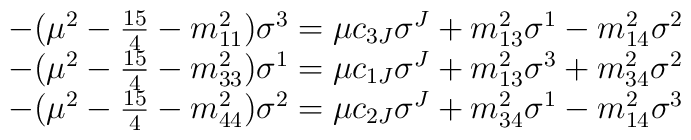
\begin{array}{l}-(\mu^{2} - \frac{15}{4} - m^{2}_{11}) \sigma^{3} = \mu c_{3J}\sigma^{J} + m^{2}_{13} \sigma^{1} - m^{2}_{14} \sigma^{2} \\-(\mu^{2} - \frac{15}{4} - m^{2}_{33}) \sigma^{1} = \mu c_{1J}\sigma^{J} + m^{2}_{13} \sigma^{3} + m^{2}_{34} \sigma^{2} \\-(\mu^{2} - \frac{15}{4} - m^{2}_{44}) \sigma^{2} = \mu c_{2J}\sigma^{J} + m^{2}_{34} \sigma^{1} - m^{2}_{14} \sigma^{3}\end{array}